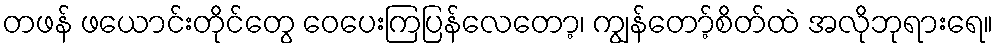
တဖန် ဖယောင်းတိုင်တွေ ဝေပေးကြပြန်လေတော့၊ ကျွန်တော့်စိတ်ထဲ အလိုဘုရားရေ။